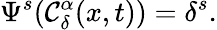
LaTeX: \Psi^{s}(\mathcal{C}_{\delta}^{\alpha}(x,t))=\delta^{s}.